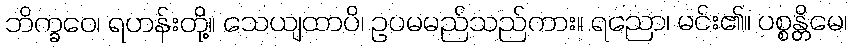
ဘိက္ခဝေ၊ ရဟန်းတို့။ သေယျထာပိ၊ ဥပမမည်သည်ကား။ ရညော၊ မင်း၏။ ပစ္စန္တိမေ၊